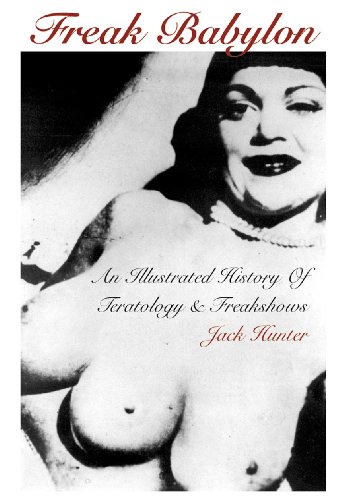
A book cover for Freak Babylon: An Illustrated History of Teratology and Freakshows; Jack Hunter; Humor & Entertainment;